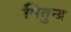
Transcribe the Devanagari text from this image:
पितुन्द्र